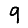
Digit: 9